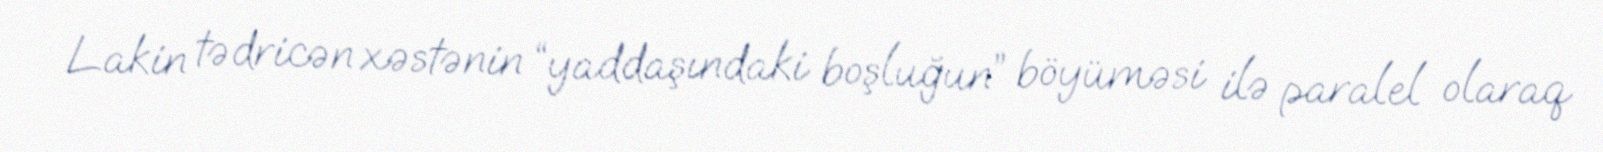
Lakin tədricən xəstənin “yaddaşındaki boşluğun” böyüməsi ilə paralel olaraq